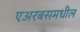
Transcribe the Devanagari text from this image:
एअरबसमधील